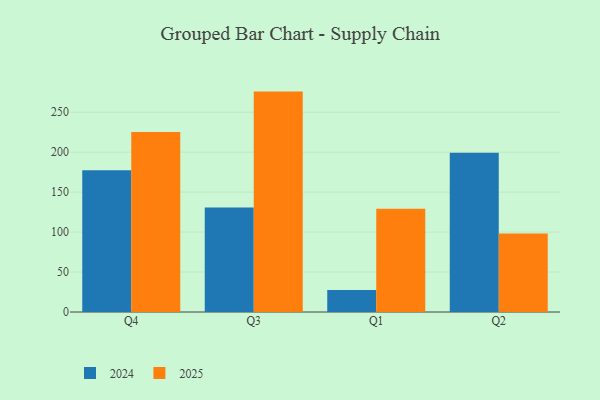
{"axis": {"x": "Quarter", "y": "Tickets Resolved"}, "legend": ["2024", "2025"], "data": [{"x": "Q4", "y": 177.3, "type": "2024"}, {"x": "Q4", "y": 225.1, "type": "2025"}, {"x": "Q3", "y": 130.9, "type": "2024"}, {"x": "Q3", "y": 275.8, "type": "2025"}, {"x": "Q1", "y": 27.6, "type": "2024"}, {"x": "Q1", "y": 129.3, "type": "2025"}, {"x": "Q2", "y": 199.3, "type": "2024"}, {"x": "Q2", "y": 98.2, "type": "2025"}]}